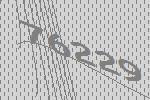
76229